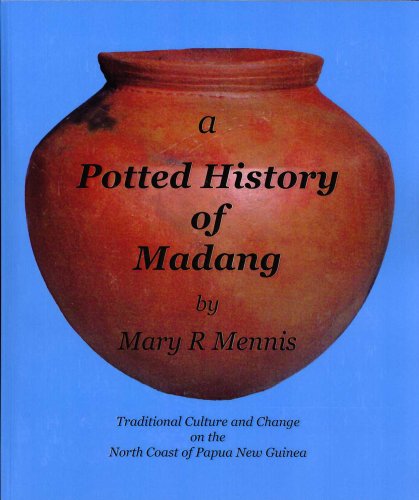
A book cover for A Potted History of Madang: Traditional Culture and Change on the North Coast of Papua New Guinea; Mary R. Mennis; History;